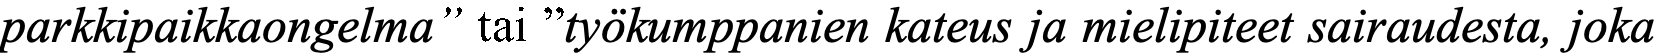
parkkipaikkaongelma” tai ”työkumppanien kateus ja mielipiteet sairaudesta, joka